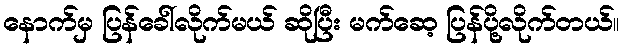
နောက်မှ ပြန်ခေါ်လိုက်မယ် ဆိုပြီး မက်ဆေ့ ပြန်ပို့လိုက်တယ်။